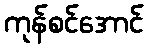
ကုန်စင်အောင်